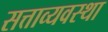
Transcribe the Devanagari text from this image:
सत्ताव्यवस्था